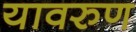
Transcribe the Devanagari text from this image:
यावरुण